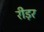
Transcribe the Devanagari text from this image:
रीड़र